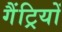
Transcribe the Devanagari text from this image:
गैंट्रियों